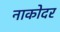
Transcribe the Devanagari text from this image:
नाकोदर